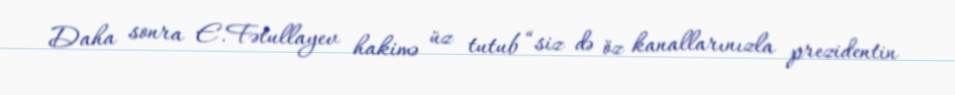
Daha sonra E.Fətullayev hakimə üz tutub “siz də öz kanallarınızla prezidentin